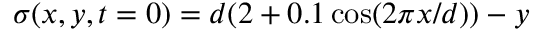
\sigma ( x , y , t = 0 ) = d ( 2 + 0 . 1 \cos ( 2 \pi x / d ) ) - y